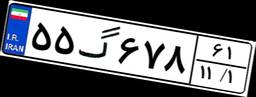
۵۵گ۶۷۸۶۱